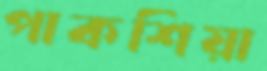
পাকশিয়া